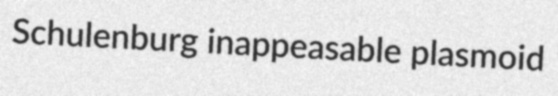
Schulenburg inappeasable plasmoid